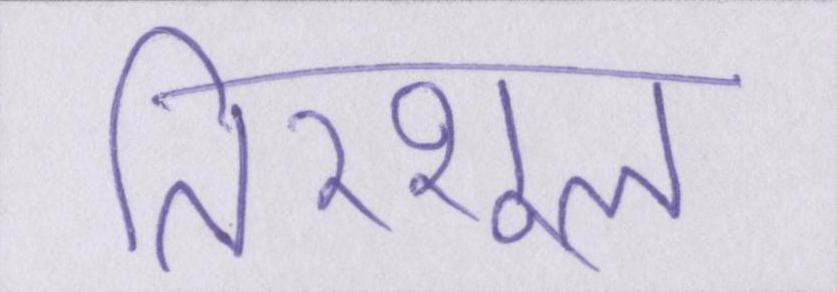
तिरशूल